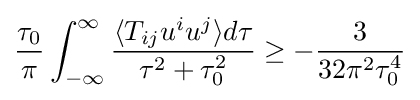
{\frac {\tau _{0}}{\pi }}\int _{-\infty }^{\infty }{\frac {\langle T_{ij}u^{i}u^{j}\rangle d\tau }{\tau ^{2}+\tau _{0}^{2}}}\geq -{\frac {3}{32\pi ^{2}\tau _{0}^{4}}}